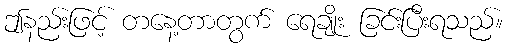
ဤနည်းဖြင့် တနေ့တာတွက် ရေချိုး ခြင်းပြီးရသည်။